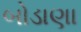
બોડાણા